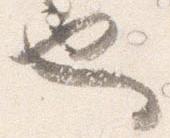
也